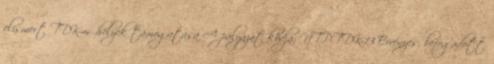
elismert TDK-műhelyek támogatása A pályázat kódja: NTP-TDK-13 Érvényes, befogadott